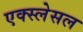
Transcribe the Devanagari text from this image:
एक्स्लेसल